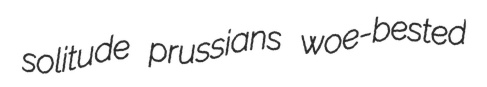
solitude prussians woe-bested